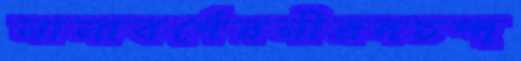
নানাবর্ণেরনীরদচন্দ্